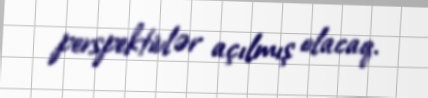
perspektivlər açılmış olacaq.